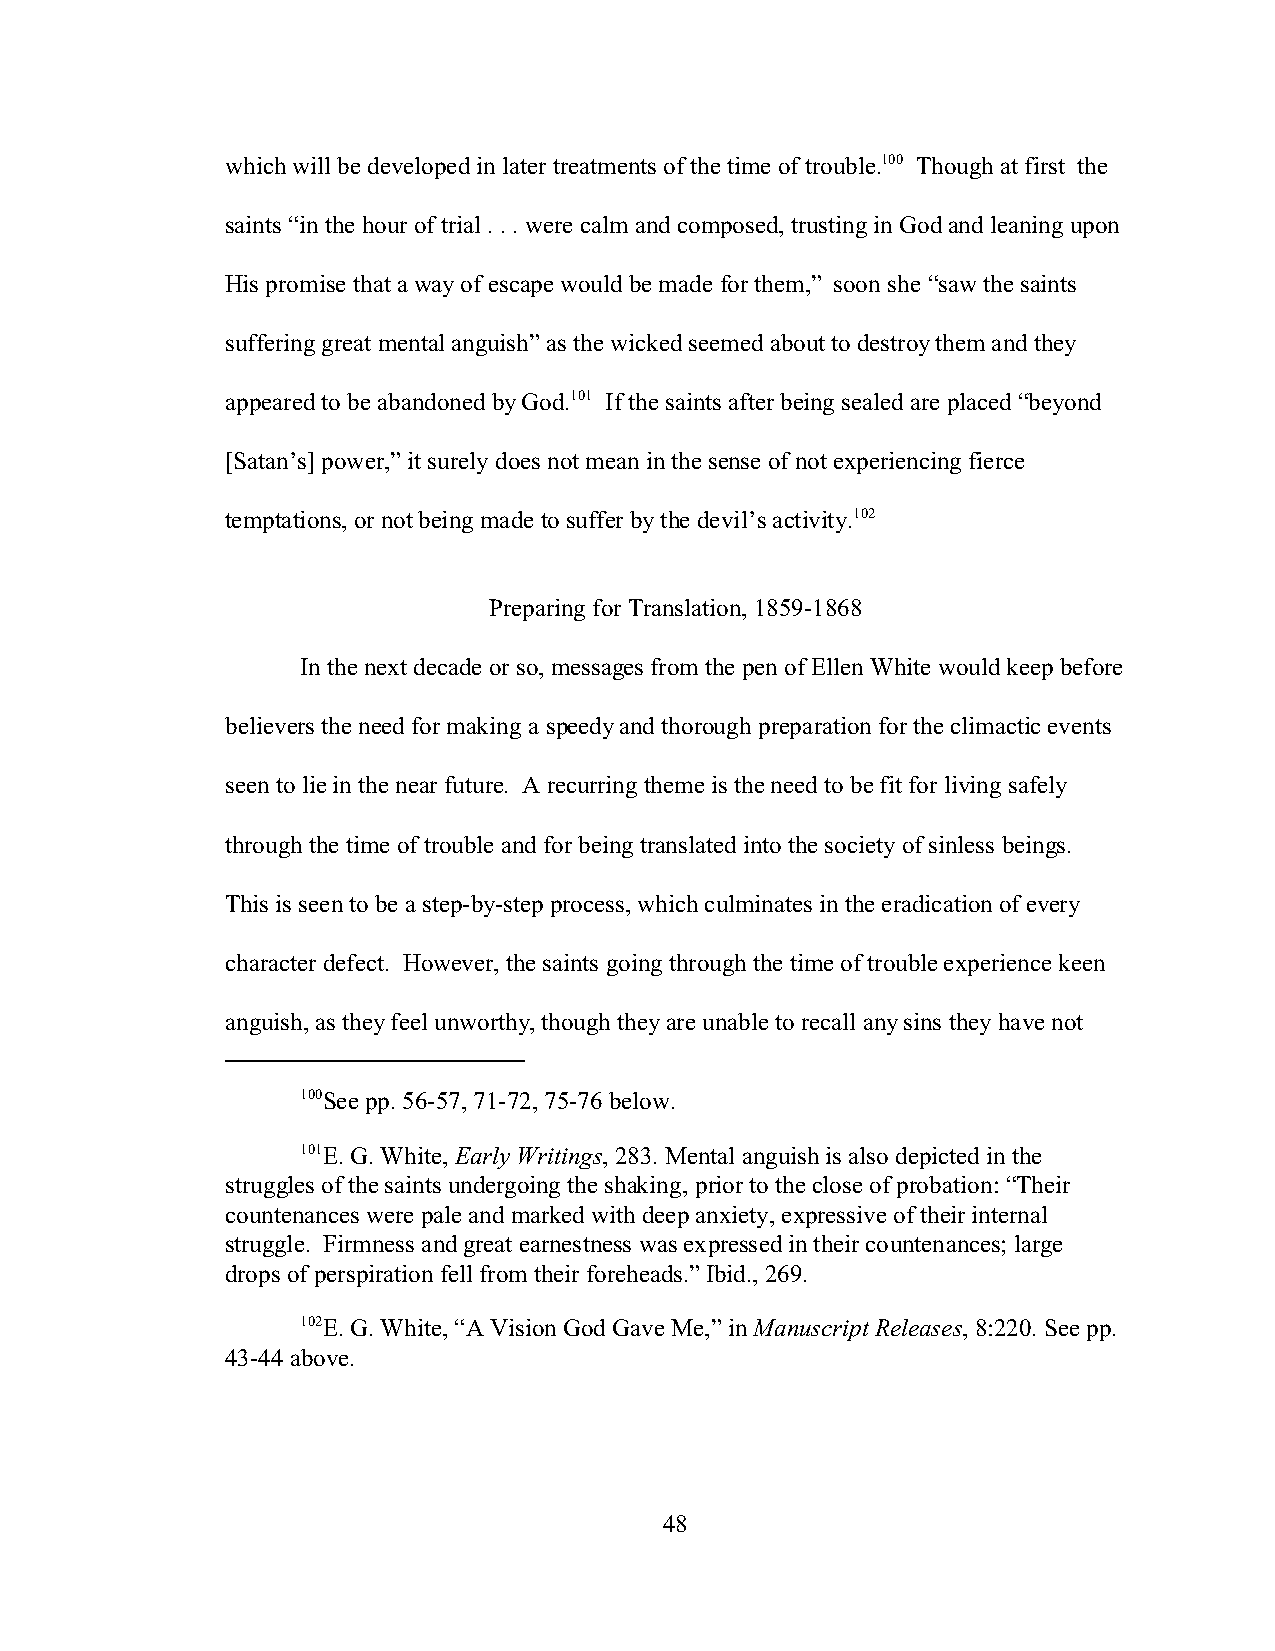
which will be developed in later treatments of the time of trouble.100 Though at first the
 saints “in the hour of trial . . . were calm and composed, trusting in God and leaning upon
 His promise that a way of escape would be made for them,” soon she “saw the saints
 suffering great mental anguish” as the wicked seemed about to destroy them and they
 appeared to be abandoned by God.101 If the saints after being sealed are placed “beyond
 [Satan’s] power,” it surely does not mean in the sense of not experiencing fierce
 temptations, or not being made to suffer by the devil’s activity.102
 Preparing for Translation, 1859-1868
 In the next decade or so, messages from the pen of Ellen White would keep before
 believers the need for making a speedy and thorough preparation for the climactic events
 seen to lie in the near future. A recurring theme is the need to be fit for living safely
 through the time of trouble and for being translated into the society of sinless beings.
 This is seen to be a step-by-step process, which culminates in the eradication of every
 character defect. However, the saints going through the time of trouble experience keen
 anguish, as they feel unworthy, though they are unable to recall any sins they have not
 100See pp. 56-57, 71-72, 75-76 below.
 101E. G. White, Early Writings, 283. Mental anguish is also depicted in the
 struggles of the saints undergoing the shaking, prior to the close of probation: “Their
 countenances were pale and marked with deep anxiety, expressive of their internal
 struggle. Firmness and great earnestness was expressed in their countenances; large
 drops of perspiration fell from their foreheads.” Ibid., 269.
 102E. G. White, “A Vision God Gave Me,” in Manuscript Releases, 8:220. See pp.
 43-44 above.
 48